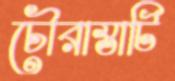
চৌরাস্তাটি